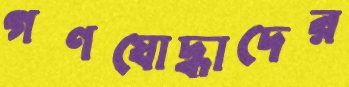
গণযোদ্ধাদের